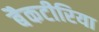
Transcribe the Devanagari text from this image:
बैकटीरिया